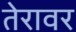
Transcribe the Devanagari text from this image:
तेरावर